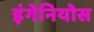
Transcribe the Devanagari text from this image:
इंगेनियोस